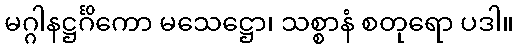
မဂ္ဂါနဋ္ဌင်္ဂိကော မသေဋ္ဌော၊ သစ္စာနံ စတုရော ပဒါ။